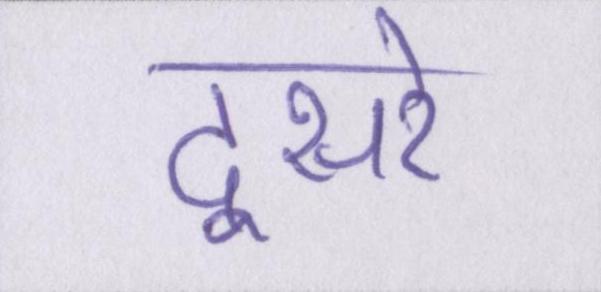
दूसरे